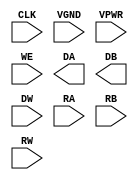
module DFFRF_2R1W (CLK,
    VGND,
    VPWR,
    WE,
    DA,
    DB,
    DW,
    RA,
    RB,
    RW);
 input CLK;
 input VGND;
 input VPWR;
 input WE;
 output [31:0] DA;
 output [31:0] DB;
 input [31:0] DW;
 input [4:0] RA;
 input [4:0] RB;
 input [4:0] RW;
endmodule